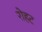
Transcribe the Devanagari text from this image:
रोहट